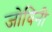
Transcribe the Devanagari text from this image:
जोविनी